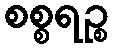
စစ္စရဉ္စ